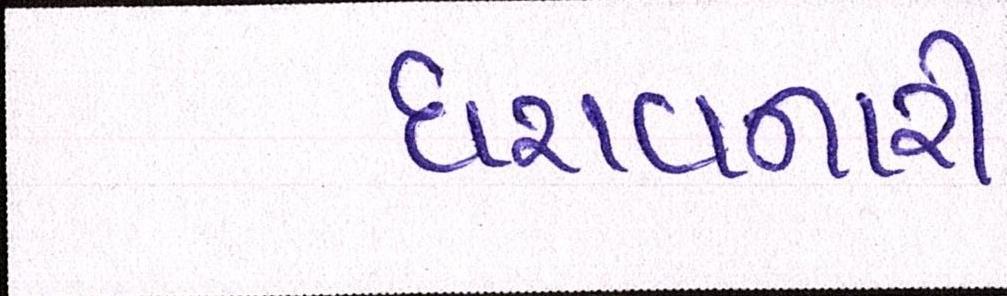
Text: ધરાવનારી